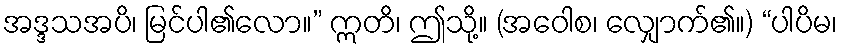
အဒ္ဒသအပိ၊ မြင်ပါ၏လော။” ဣတိ၊ ဤသို့။ (အဝေါစ၊ လျှောက်၏။) “ပါပိမ၊